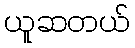
ယူဆတယ်